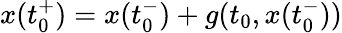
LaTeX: x(t_{0}^{+})=x(t_{0}^{-})+g(t_{0},x(t_{0}^{-}))